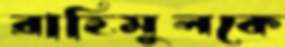
রাহিমুলকে